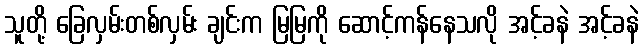
သူတို့ ခြေလှမ်းတစ်လှမ်း ချင်းက မြမြကို ဆောင့်ကန်နေသလို အင့်ခနဲ အင့်ခနဲ